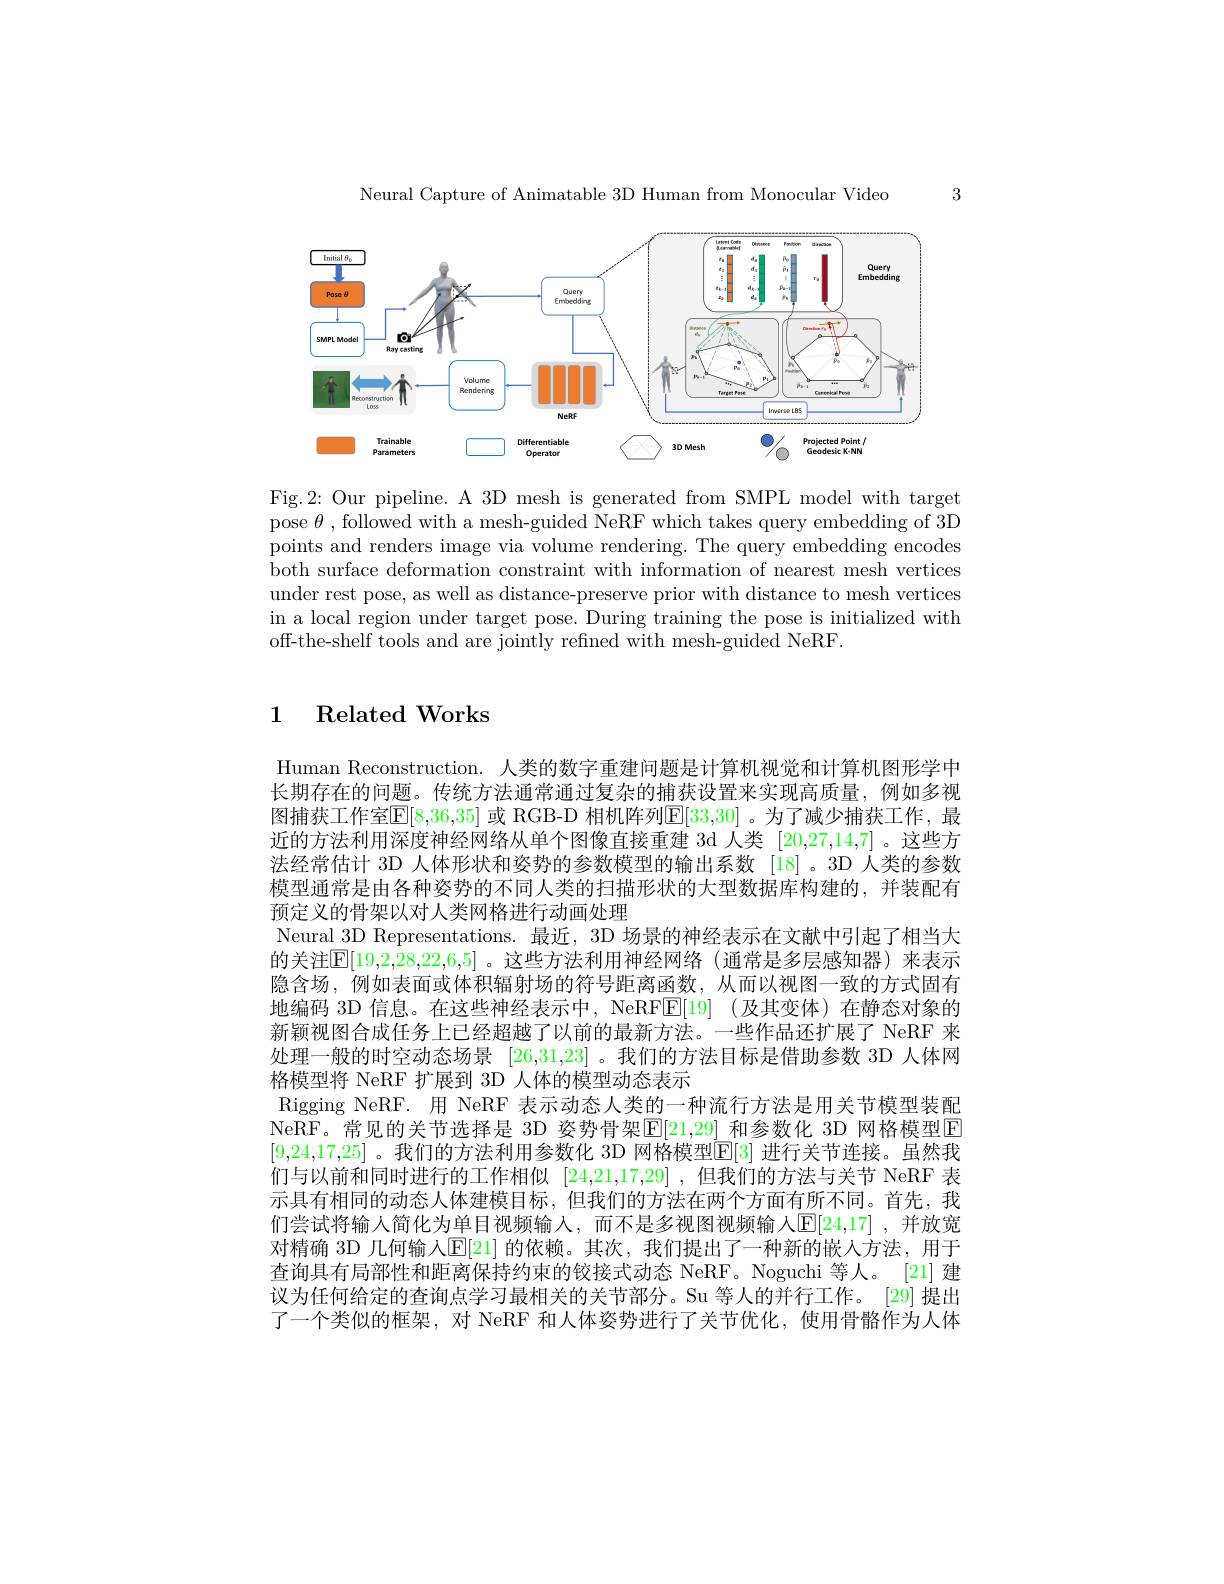
3

Neural Capture of Animatable 3D Human from Monocular Video

<FigureHere>

Fig.2: Our pipeline. A 3D mesh is generated from SMPL model with target pose $\theta$ , followed with a mesh-guided NeRF which takes query embedding of 3D points and renders image via volume rendering. The query embedding encodes both surface deformation constraint with information of nearest mesh vertices under rest pose, as well as distance-preserve prior with distance to mesh vertices in a local region under target pose. During training the pose is initialized with off-the-shelf tools and are jointly refined with mesh-guided NeRF.

### 1 Related Works

Human Reconstruction. 人类的数字重建问题是计算机视觉和计算机图形学中长期存在的问题。传统方法通常通过复杂的捕获设置来实现高质量，例如多视图捕获工作室$\mathbb{E}[8,36,35]$ 或 RGB-D 相机阵列$\mathbb{E}[33,30]$ 。为了减少捕获工作，最近的方法利用深度神经网络从单个图像直接重建 3d 人类 [20,27,14,7] 。这些方法经常估计 3D 人体形状和姿势的参数模型的输出系数 [18] 。3D 人类的参数模型通常是由各种姿势的不同人类的扫描形状的大型数据库构建的，并装配有预定义的骨架以对人类网格进行动画处理
Neural 3D Representations.最近，3D 场景的神经表示在文献中引起了相当大的关注$\overline{\mathbb{E}}[19,2,28,22,6,5]$ 。这些方法利用神经网络 (通常是多层感知器)来表示隐含场，例如表面或体积辐射场的符号距离函数，从而以视图一致的方式固有地编码 3D 信息。在这些神经表示中，NeRFE[19] (及其变体)在静态对象的新颖视图合成任务上已经超越了以前的最新方法。一些作品还扩展了 NeRF 来处理一般的时空动态场景[26,31,23] 。我们的方法目标是借助参数 3D 人体网格模型将 NeRF 扩展到 3D 人体的模型动态表示
Rigging NeRF. 用 NeRF 表示动态人类的一种流行方法是用关节模型装配NeRF。常见的关节选择是 3D 姿势骨架$\operatorname{E}[21,29]$ 和参数化 3D 网格模型$\operatorname{E}$ [9,24,17,25] 。我们的方法利用参数化 3D 网格模型$\mathbb{E}[3]$ 进行关节连接。虽然我们与以前和同时进行的工作相似[24,21,17,29] ,但我们的方法与关节 NeRF 表示具有相同的动态人体建模目标，但我们的方法在两个方面有所不同。首先，我们尝试将输入简化为单目视频输人，而不是多视图视频输入$\mathbb{E}[24,17]$ ,并放宽对精确 3D 几何输入$\mathbb{E}[21]$ 的依赖。其次，我们提出了一种新的嵌人方法，用于查询具有局部性和距离保持约束的铰接式动态 NeRF。Noguchi 等人。[21] 建议为任何给定的查询点学习最相关的关节部分。Su 等人的并行工作。[29] 提出了一个类似的框架，对 NeRF 和人体姿势进行了关节优化，使用骨骼作为人体